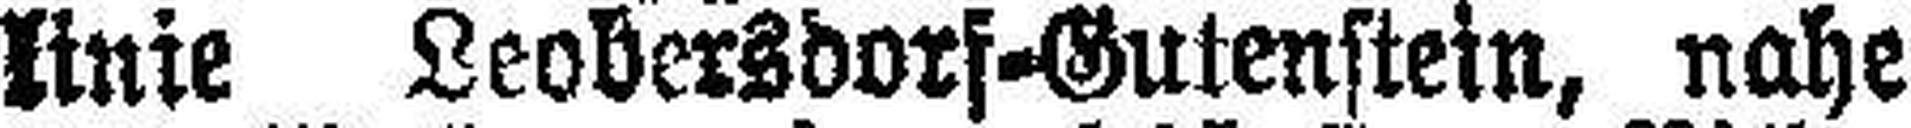
linie Leobersdorf-Gutenstein, nahe